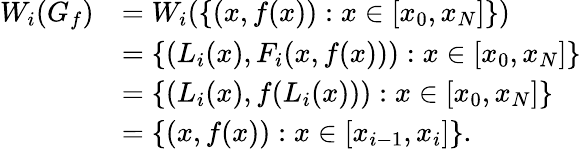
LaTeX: \begin{array}{rl}{W_{i}(G_{f})}&{=W_{i}(\{ (x,f(x)):x\in[x_{0},x_{N}]\} )}\\ &{=\{ (L_{i}(x),F_{i}(x,f(x))):x\in[x_{0},x_{N}]\} }\\ &{=\{ (L_{i}(x),f(L_{i}(x))):x\in[x_{0},x_{N}]\} }\\ &{=\{ (x,f(x)):x\in[x_{i-1},x_{i}]\} .}\end{array}